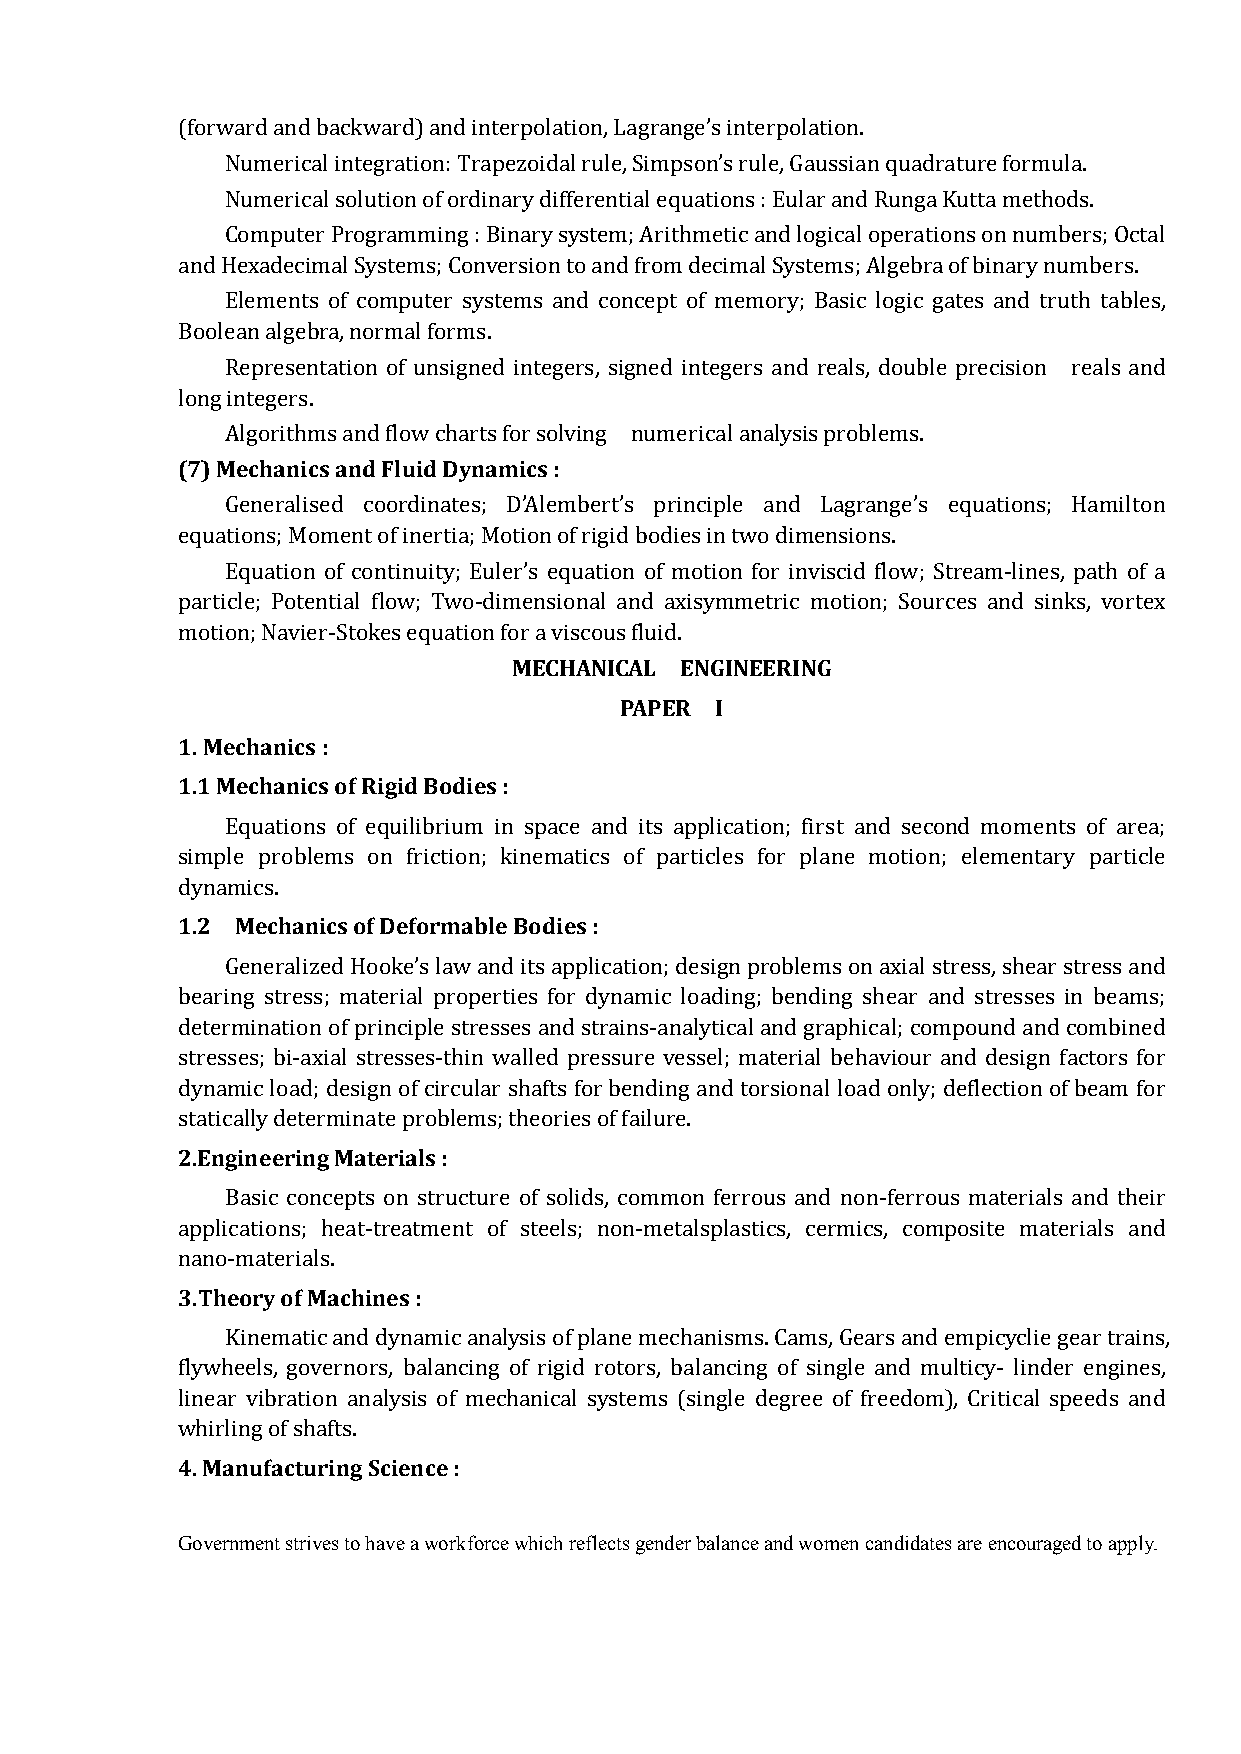
(forward and backward) and interpolation, Lagrange’s interpolation.
 Numerical integration: Trapezoidal rule, Simpson’s rule, Gaussian quadrature formula.
 Numerical solution of ordinary differential equations : Eular and Runga Kutta methods.
 Computer Programming : Binary system; Arithmetic and logical operations on numbers; Octal
 and Hexadecimal Systems; Conversion to and from decimal Systems; Algebra of binary numbers.
 Elements of computer systems and concept of memory; Basic logic gates and truth tables,
 Boolean algebra, normal forms.
 Representation of unsigned integers, signed integers and reals, double precision reals and
 long integers.
 (7) Mechanics and Fluid Dynamics :
 Algorithms and flow charts for solving numerical analysis problems.
 Generalised coordinates; D’Alembert’s principle and Lagrange’s equations; Hamilton
 equations; Moment of inertia; Motion of rigid bodies in two dimensions.
 Equation of continuity; Euler’s equation of motion for inviscid flow; Stream-lines, path of a
 particle; Potential flow; Two-dimensional and axisymmetric motion; Sources and sinks, vortex
 MECHANICAL ENGINEERING
 motion; Navier-Stokes equation for a viscous fluid.
 PAPER I
 1.Mechanics :
 1.1 Mechanics of Rigid Bodies :
 Equations of equilibrium in space and its application; first and second moments of area;
 simple problems on friction; kinematics of particles for plane motion; elementary particle
 1.2 Mechanics of Deformable Bodies :
 dynamics.
 Generalized Hooke’s law and its application; design problems on axial stress, shear stress and
 bearing stress; material properties for dynamic loading; bending shear and stresses in beams;
 determination of principle stresses and strains-analytical and graphical; compound and combined
 stresses; bi-axial stresses-thin walled pressure vessel; material behaviour and design factors for
 dynamic load; design of circular shafts for bending and torsional load only; deflection of beam for
 2.Engineering Materials :
 statically determinate problems; theories of failure.
 Basic concepts on structure of solids, common ferrous and non-ferrous materials and their
 applications; heat-treatment of steels; non-metalsplastics, cermics, composite materials and
 3.Theory of Machines :
 nano-materials.
 Kinematic and dynamic analysis of plane mechanisms. Cams, Gears and empicyclie gear trains,
 flywheels, governors, balancing of rigid rotors, balancing of single and multicy- linder engines,
 linear vibration analysis of mechanical systems (single degree of freedom), Critical speeds and
 4. Manufacturing Science :
 whirling of shafts.
 Government strives to have a workforce which reflects gender balance and women candidates are encouraged to apply.